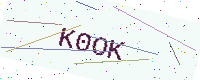
Text: K0OK